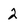
Character: 2